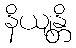
နိယျန္တိ